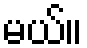
မယ်။